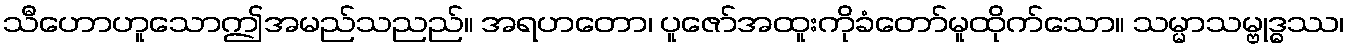
သီဟောဟူသောဤအမည်သညည်။ အရဟတော၊ ပူဇော်အထူးကိုခံတော်မူထိုက်သော။ သမ္မာသမ္ဗုဒ္ဓဿ၊